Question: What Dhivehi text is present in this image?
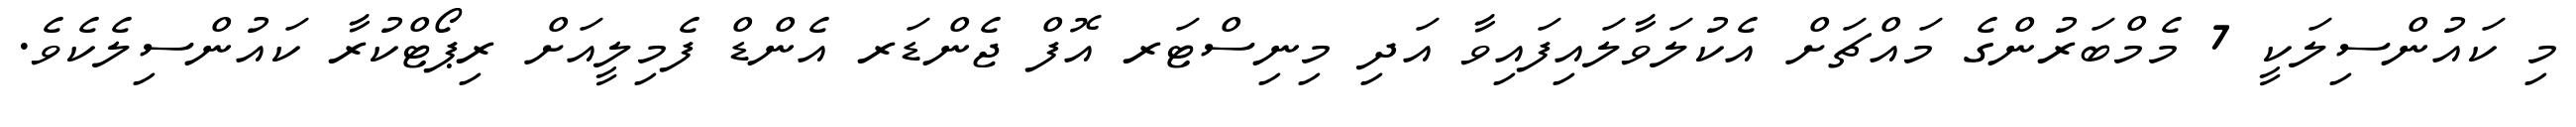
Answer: މި ކައުންސިލަކީ 7 މެމްބަރުންގެ މައްޗަށް އެކުލަވާލައިފައިވާ އަދި މިނިސްޓަރ އޮފް ޖެންޑަރ އެންޑް ފެމިލީއަށް ރިޕޯޓްކުރާ ކައުންސިލެކެވެ.